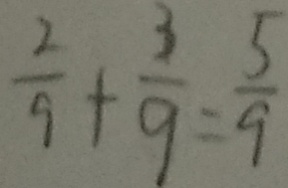
\frac { 2 } { 9 } + \frac { 3 } { 9 } = \frac { 5 } { 9 }